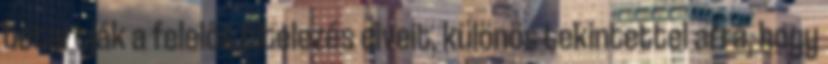
betartják a felelős hitelezés elveit, különös tekintettel arra, hogy